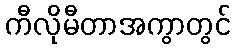
ကီလိုမီတာအကွာတွင်